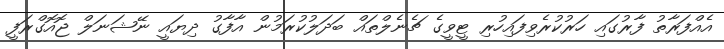
އެއްފަރާތު ފާރުގަައި ހަރުކުރެވިފައިހުރި ޓީވީގެ ޗެނެލްތައް ބަދަލުކުރަމުން އާފާގު ދިޔައީ ނޭޝަނަލް ޖޮއޮގްރަފީ